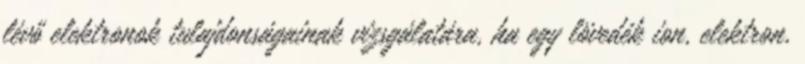
lévő elektronok tulajdonságainak vizsgálatára, ha egy lövedék ion, elektron,